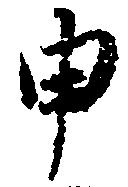
申